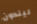
ليندون